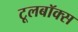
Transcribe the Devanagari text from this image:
टूलबॉक्स